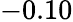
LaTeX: -0.10